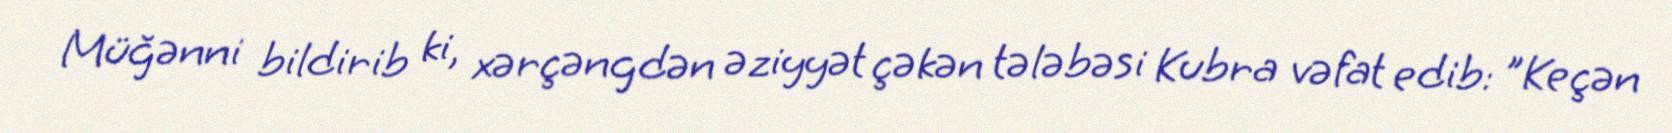
Müğənni bildirib ki, xərçəngdən əziyyət çəkən tələbəsi Kubra vəfat edib: "Keçən